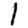
Digit: 1